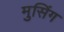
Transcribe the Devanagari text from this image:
मुसिंग